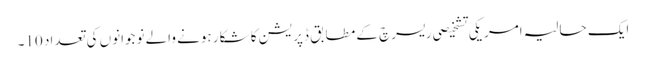
ایک حالیہ امریکی تشخیصی ریسرچ کے مطابق ڈپریشن کا شکار ہونے والے نوجوانوں کی تعداد 10۔